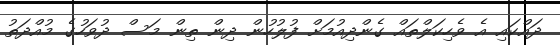
ދައްކައި އެ ވެހިކަލްތައް ގެންދިއުމަށް ފުލުހުން ދިން ތިން މަސް ދުވަހުގެ މުއްދަތު